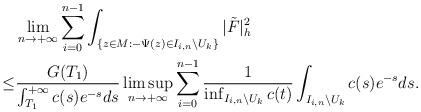
LaTeX: \begin{align*}&\lim_{n\to+\infty}\sum_{i=0}^{n-1}\int_{\{z\in M:-\Psi(z)\in I_{i,n}\backslash U_k\}}|\tilde F|^2_h\\\le&\frac{G(T_1)}{\int_{T_1}^{+\infty}c(s)e^{-s}ds}\limsup_{n\to+\infty}\sum_{i=0}^{n-1}\frac{1}{\inf_{I_{i,n}\backslash U_k}c(t)}\int_{I_{i,n}\backslash U_k}c(s)e^{-s}ds.\end{align*}